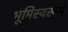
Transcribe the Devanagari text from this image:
भूमिस्वरूप